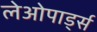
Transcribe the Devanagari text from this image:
लेओपार्ड्स